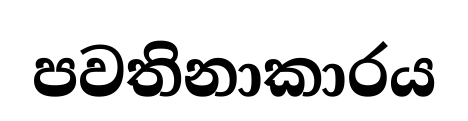
පවතිනාකාරය